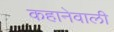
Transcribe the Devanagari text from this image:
कहानेवाली